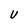
Character: U